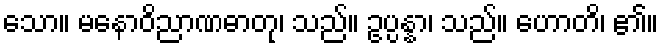
သော။ မနောဝိညာဏဓာတု၊ သည်။ ဥပ္ပန္နာ၊ သည်။ ဟောတိ၊ ၏။